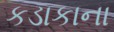
કડાકાના